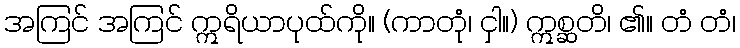
အကြင် အကြင် ဣရိယာပုထ်ကို။ (ကာတုံ၊ ငှါ။) ဣစ္ဆတိ၊ ၏။ တံ တံ၊